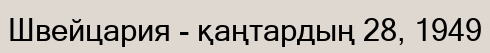
Швейцария - қаңтардың 28, 1949